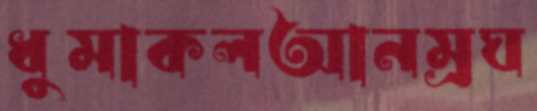
ধুমাকলআনম্রঘ